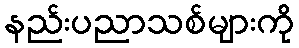
နည်းပညာသစ်များကို